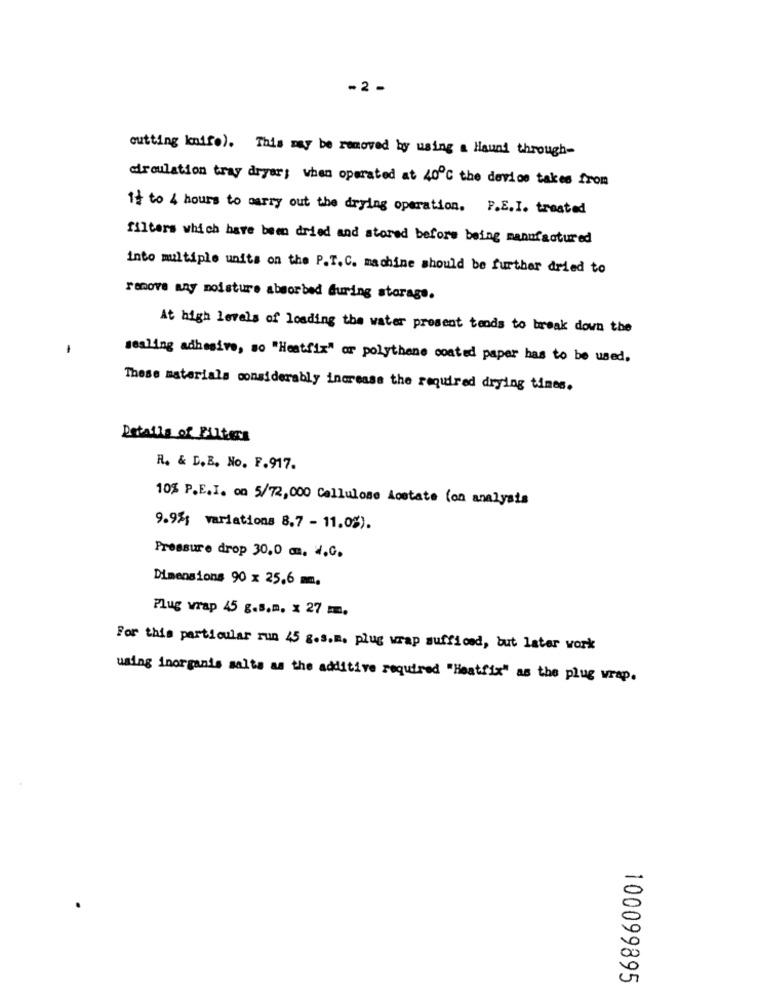
-2 -
cutting knife). This may be removed by using a Hauni through-
circulation tray dryer; when operated at 40℃ the device takes from
it to 4 hours to marry out the drying operation. P.E.I. treated
filters which have been dried and stored before being manufactured
into multiple units on the P.T.C. machine should be further dried to
remove any moisture absorbed during storage.
At high levels of loading the water present tends to break down the
sealing adhesive, so "Heatfix" or polythene coated paper has to be used.
These materials considerably increase the required drying times.
Details of Butters
R. & D.B. No. F.917.
10% P.E.I. on 5/72,000 Cellulose Acetate (on analysis
9.9%; variations 8.7 - 11.0%).
Pressure drop 30.0 m. V.c.
Dimensions 90 x 25.6 mm.
Plug wrap 45 g.s.m. x 27 mm.
For this particular run 45 g.s.R. plug wrap sufficed, but later work
using inorganis salts as the additive required "Heatfix" as the plug wrap.
100099895